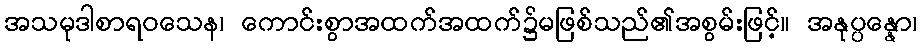
အသမုဒါစာရဝသေန၊ ကောင်းစွာအထက်အထက်၌မဖြစ်သည်၏အစွမ်းဖြင့်။ အနုပ္ပန္နော၊